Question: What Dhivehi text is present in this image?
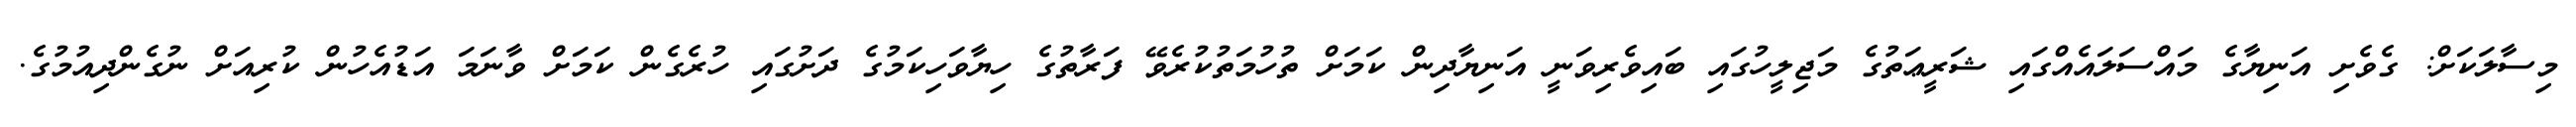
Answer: މިސާލަކަށް: ގެވެށި އަނިޔާގެ މައްސަލައެއްގައި ޝަރީޢަތުގެ މަޖިލީހުގައި ބައިވެރިވަނީ އަނިޔާދިން ކަމަށް ތުހުމަތުކުރެވޭ ފަރާތުގެ ހިޔާވަހިކަމުގެ ދަށުގައި ހުރެގެން ކަމަށް ވާނަމަ އަޑުއެހުން ކުރިއަށް ނުގެންދިއުމުގެ.